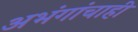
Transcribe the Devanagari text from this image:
अभंगांचाही